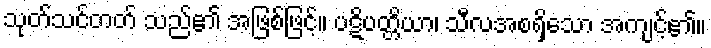
သုတ်သင်တတ် သည်၏ အဖြစ်ဖြင့်။ ပဋိပတ္တိယာ၊ သီလအစရှိသော အကျင့်၏။